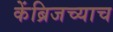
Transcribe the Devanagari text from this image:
केंब्रिजच्याच